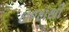
ઇજાથી